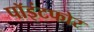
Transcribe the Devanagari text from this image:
पॉइंटफोर